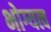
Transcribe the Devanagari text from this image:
भोग्यत्व